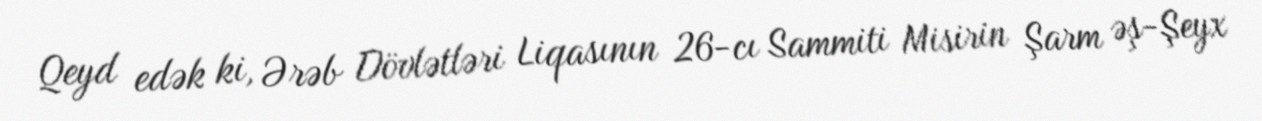
Qeyd edək ki, Ərəb Dövlətləri Liqasının 26-cı Sammiti Misirin Şarm əş-Şeyx